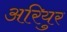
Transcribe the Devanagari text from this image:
अरियुर